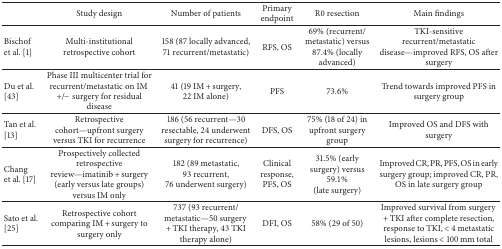
<table><thead><tr><td><b> </b></td><td><b>Study design</b></td><td><b>Number of patients</b></td><td><b>Primary endpoint</b></td><td><b>R0 resection</b></td><td><b>Main findings</b></td></tr></thead><tbody><tr><td>Bischof et al. [1]</td><td>Multi-institutional retrospective cohort</td><td>158 (87 locally advanced, 71 recurrent/metastatic)</td><td>RFS, OS</td><td>69% (recurrent/metastatic) versus 87.4% (locally advanced)</td><td>TKI-sensitive recurrent/metastatic disease—improved RFS, OS after surgery</td></tr><tr><td>Du et al. [43]</td><td>Phase III multicenter trial for recurrent/metastatic on IM +/− surgery for residual disease</td><td>41 (19 IM + surgery, 22 IM alone)</td><td>PFS</td><td>73.6%</td><td>Trend towards improved PFS in surgery group</td></tr><tr><td>Tan et al. [13]</td><td>Retrospective cohort—upfront surgery versus TKI for recurrence</td><td>186 (56 recurrent—30 resectable, 24 underwent surgery for recurrence)</td><td>DFS, OS</td><td>75% (18 of 24) in upfront surgery group</td><td>Improved OS and DFS with surgery</td></tr><tr><td>Chang et al. [17]</td><td>Prospectively collected retrospective review—imatinib + surgery (early versus late groups) versus IM only</td><td>182 (89 metastatic, 93 recurrent, 76 underwent surgery)</td><td>Clinical response, PFS, OS</td><td>31.5% (early surgery) versus 59.1% (late surgery)</td><td>Improved CR, PR, PFS, OS in early surgery group; improved CR, PR, OS in late surgery group</td></tr><tr><td>Sato et al. [25]</td><td>Retrospective cohort comparing IM + surgery to surgery only</td><td>737 (93 recurrent/metastatic—50 surgery + TKI therapy, 43 TKI therapy alone)</td><td>DFI, OS</td><td>58% (29 of 50)</td><td>Improved survival from surgery + TKI after complete resection, response to TKI, &lt; 4 metastatic lesions, lesions &lt; 100 mm total</td></tr></tbody></table>